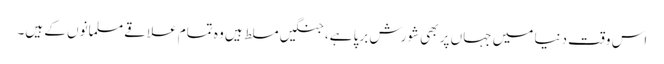
اس وقت دنیا میں جہاں پر بھی شورش برپا ہے، جنگیں مسلط ہیں وہ تمام علاقے مسلمانوں کے ہیں۔